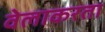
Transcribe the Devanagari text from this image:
वेलाकरता